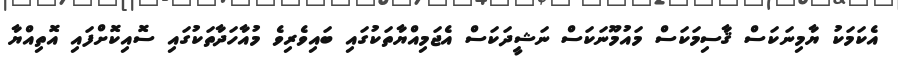
އެކަމަކު ޔާމިނަކަސް ޤާސިމަކަސް މައުމޫނަކަސް ނަޝީދަކަސް އެޖަމިއްޔާތަކުގައި ބައިވެރިވެ މުއާހަދާތަކުގައި ސޮއިކޮށްފައި އޮތިއްޔާ